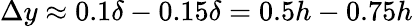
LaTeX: \Delta y\approx 0.1\delta-0.15\delta=0.5h-0.75h